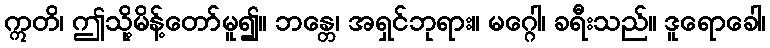
ဣတိ၊ ဤသို့မိန့်တော်မူ၍။ ဘန္တေ၊ အရှင်ဘုရား။ မဂ္ဂေါ၊ ခရီးသည်။ ဒူရောခေါ၊